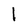
Character: l